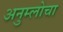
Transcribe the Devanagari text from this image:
अनुम्लोचा